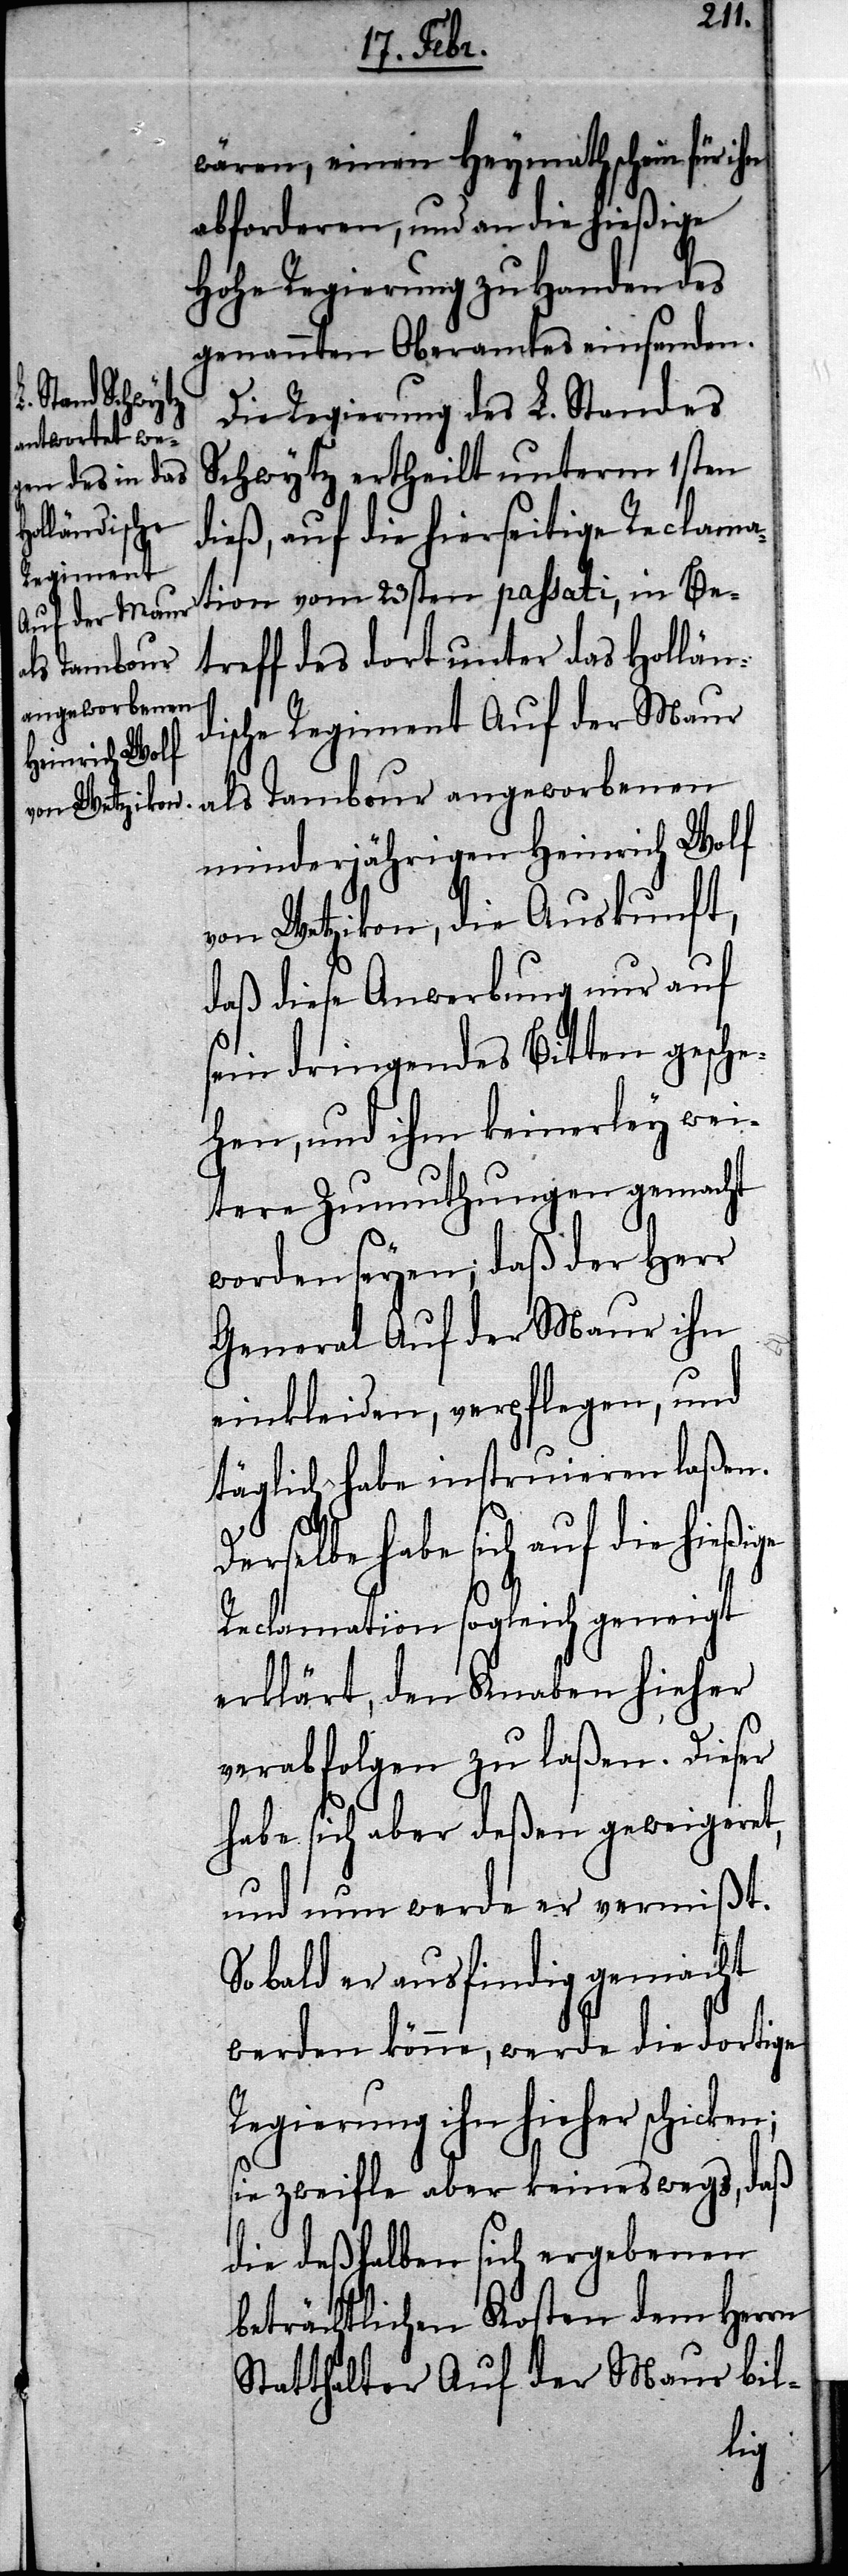
wären, einen Heymathschein für
abforderen, und an die hießige
Hohe Regierung zu Handen des
genannten Oberamtes einsenden.
Die Regierung des L. Standes
Schwytz ertheilt unterm 1sten
dieß, auf die hierseitige Reclama¬
tion vom 23sten passati, in Be¬
treff des dort unter das Hollän¬
als Tambour
angeworbenen
dische Regiment Auf der Maur
minderjährigen Heinrich Wolf
von Wetzikon, die Auskunft,
daß diese Anwerbung nur auf
sein dringendes Bitten gesche¬
hen, und ihm keinerley wei¬
tere Zumuthungen gemacht
worden seyen; daß der Herr
General Auf der Maur ihn
einkleiden, verpflegen, und
täglich habe instruieren laßen.
rselbe habe sich auf die hie¬
Reclamation sogleich geneigt
erklärt, den Knaben hieher
verabfolgen zu laßen. Dieser
habe sich aber deßen geweigeret,
und nun werde er vermißt.
So bald er ausfindig gemacht
werden könne, werde die dortige
Regierung ihn hieher schicken;
sie zweifle aber keineswegs, daß
die deßhalben sich ergebenen
beträchtlichen Kosten dem Herrn
Statthalter Auf der Maur bil-
ßige